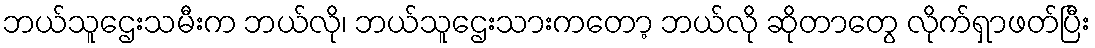
ဘယ်သူဌေးသမီးက ဘယ်လို၊ ဘယ်သူဌေးသားကတော့ ဘယ်လို ဆိုတာတွေ လိုက်ရှာဖတ်ပြီး